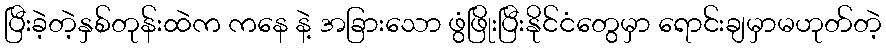
ပြီးခဲ့တဲ့နှစ်တုန်းထဲက ကနေ နဲ့ အခြားသော ဖွံဖြိုးပြီးနိုင်ငံတွေမှာ ရောင်းချမှာမဟုတ်တဲ့